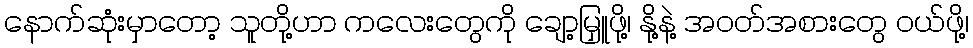
နောက်ဆုံးမှာတော့ သူတို့ဟာ ကလေးတွေကို ချော့မြှူဖို့၊ နို့နဲ့ အဝတ်အစားတွေ ဝယ်ဖို့၊